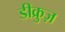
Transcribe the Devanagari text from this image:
डीक्रुज़